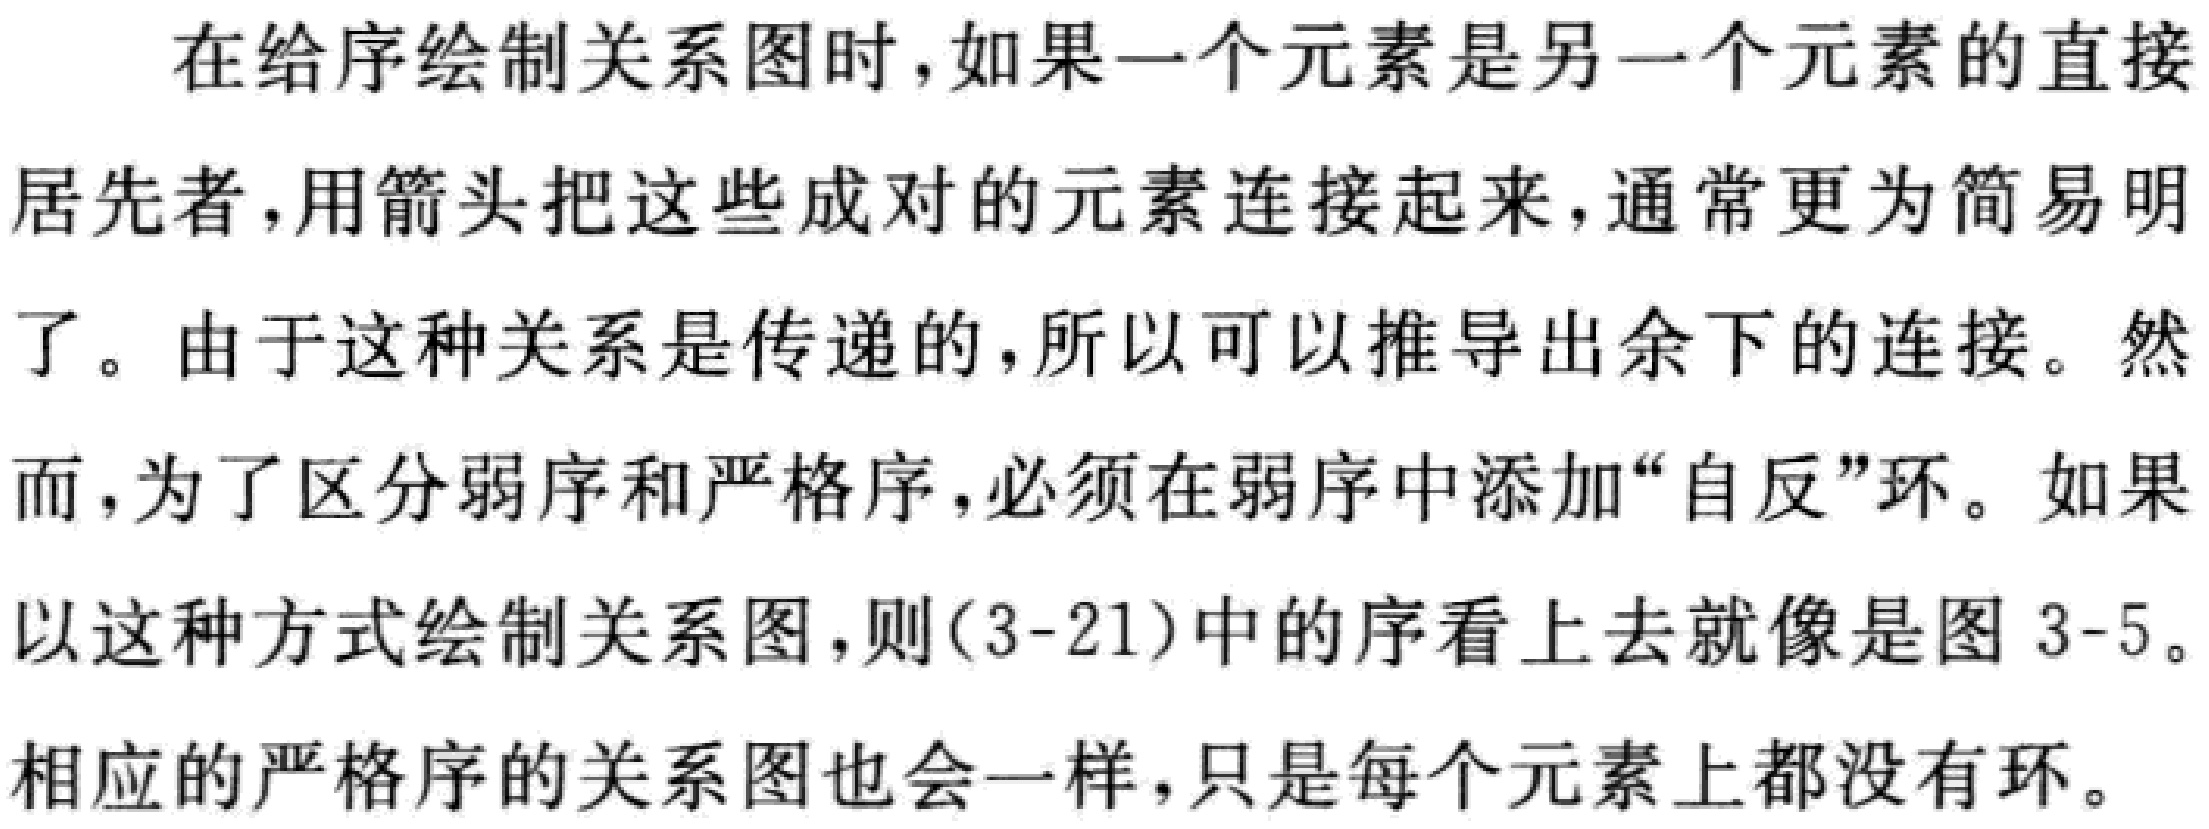
在给序绘制关系图时，如果一个元素是另一个元素的直接居先者，用箭头把这些成对的元素连接起来，通常更为简易明了。由于这种关系是传递的，所以可以推导出余下的连接。然而，为了区分弱序和严格序，必须在弱序中添加“自反”环。如果以这种方式绘制关系图，则(3 - 21)中的序看上去就像是图3 - 5。
相应的严格序的关系图也会一样，只是每个元素上都没有环。